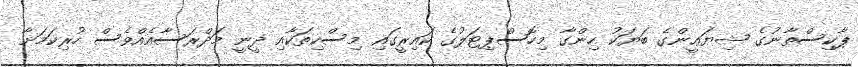
ޕާކިސްތާނުގެ ޝިޔަޢީންގެ ބަޔަކު ހިންގާ މިހޮސްޕިޓަލުގެ ކައިރީގައި މިސްކިތަކާއި ދީނީ މަދްރަސާއެއްވެސް ހުރިކަމަށާ